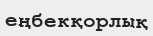
еңбекқорлық